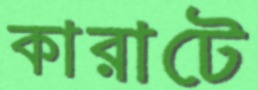
কারাটে